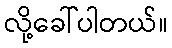
လို့ခေါ်ပါတယ်။